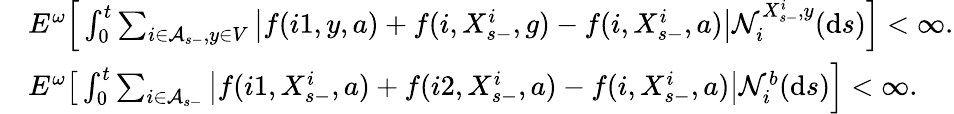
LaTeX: \begin{array}{rl}&{E^{\omega}\Big[\int_{0}^{t}\sum_{i\in\mathcal A_{s-},y\in V}\left\vert f(i1,y,a)+f(i,X_{s-}^{i},g)-f(i,X_{s-}^{i},a)\right\vert\mathcal N_{i}^{X_{s-}^{i},y}(\mathrm{d}s)\Big]<\infty.}\\ &{E^{\omega}\big[\int_{0}^{t}\sum_{i\in\mathcal A_{s-}}\left\vert f(i1,X_{s-}^{i},a)+f(i2,X_{s-}^{i},a)-f(i,X_{s-}^{i},a)\right\vert\mathcal N_{i}^{b}(\mathrm{d}s)\Big]<\infty.}\end{array}